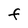
Character: F